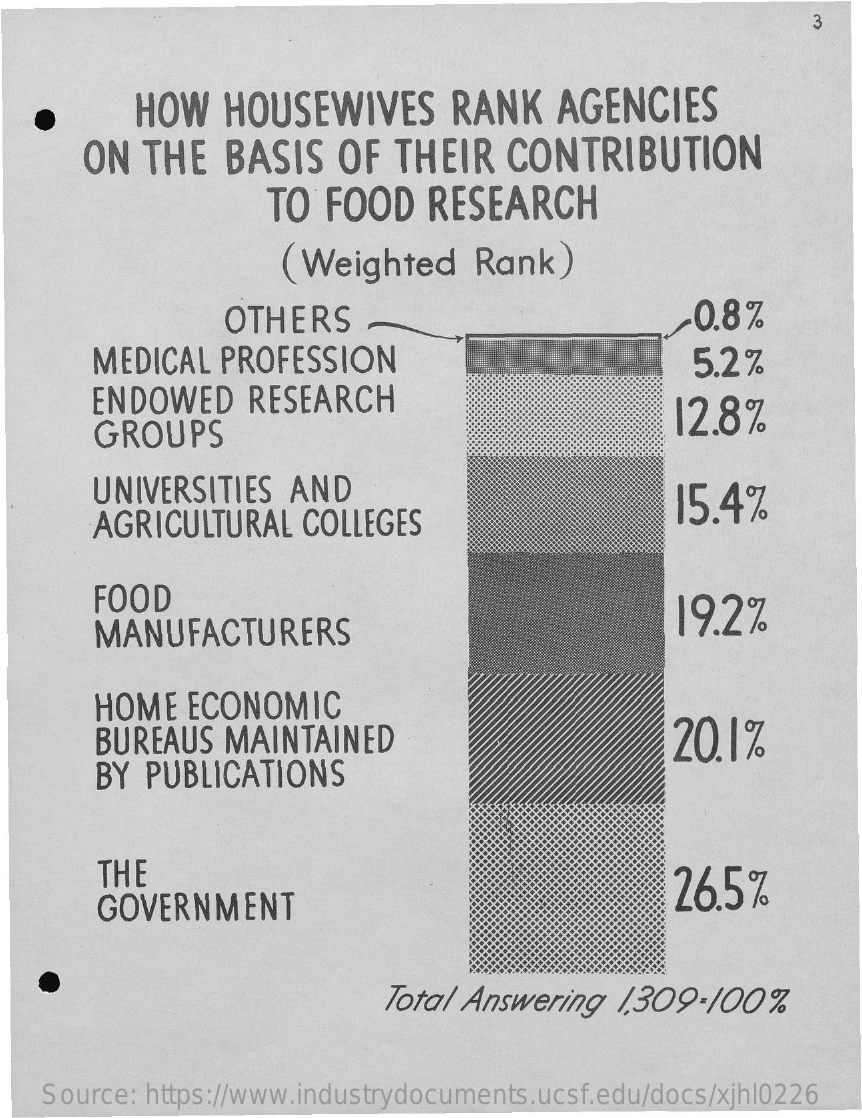
3
     HOW    HOUSEWIVES    RANK    AGENCIES
     ON  THE   BASIS   OF   THEIR   CONTRIBUTION
     TO FOOD    RESEARCH
     (Weighted    Rank)
     OTHERS    0.8%
     MEDICAL   PROFESSION    5.2%
     ENDOWED    RESEARCH
     GROUPS
     12.8%
     UNIVERSITIES   AND
     AGRICULTURAL    COLLEGES
     15.4%
     FOOD
     MANUFACTURERS
     19.2%
     HOME   ECONOMIC
     BUREAUS   MAINTAINED    20.1%
     BY PUBLICATIONS
     THE
     GOVERNMENT
     26.5%
     Total Answering  1,309-100%
    Source: https://www.industrydocuments.ucsf.edu/docs/xjhl0226